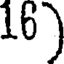
16)